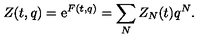
Z ( t , q ) = \mathrm { e } ^ { F ( t , q ) } = \sum _ { N } Z _ { N } ( t ) q ^ { N } .